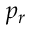
p _ { r }